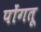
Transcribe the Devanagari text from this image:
पोंगतू